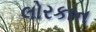
લોરકાન